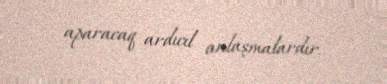
aparacaq ardıcıl anlaşmalardır.